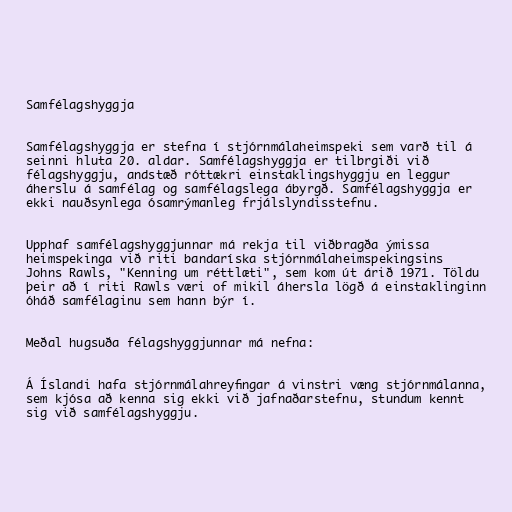
Samfélagshyggja

Samfélagshyggja er stefna í stjórnmálaheimspeki sem varð til á
seinni hluta 20. aldar. Samfélagshyggja er tilbrgiði við
félagshyggju, andstæð róttækri einstaklingshyggju en leggur
áherslu á samfélag og samfélagslega ábyrgð. Samfélagshyggja er
ekki nauðsynlega ósamrýmanleg frjálslyndisstefnu.

Upphaf samfélagshyggjunnar má rekja til viðbragða ýmissa
heimspekinga við riti bandaríska stjórnmálaheimspekingsins
Johns Rawls, "Kenning um réttlæti", sem kom út árið 1971. Töldu
þeir að í riti Rawls væri of mikil áhersla lögð á einstaklinginn
óháð samfélaginu sem hann býr í.

Meðal hugsuða félagshyggjunnar má nefna:

Á Íslandi hafa stjórnmálahreyfingar á vinstri væng stjórnmálanna,
sem kjósa að kenna sig ekki við jafnaðarstefnu, stundum kennt
sig við samfélagshyggju.